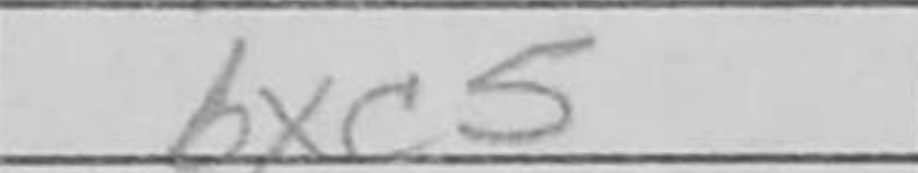
Transcription: bxc5